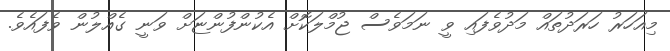
މިއަހަރު ހަރަދުތައް މަދުވެފައި ވީ ނަމަވެސް ޖުމްލަކޮށް އެކުންފުންޏަށް ވަނީ ގެއްލުން ވެފައެވެ.